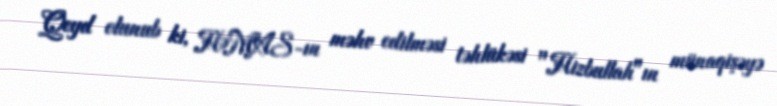
Qeyd olunub ki, HƏMAS-ın məhv edilməsi təhlükəsi "Hizbullah"ın münaqişəyə